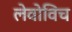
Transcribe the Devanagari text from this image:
लेवोविच